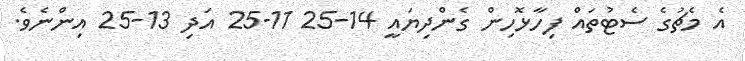
އެ މެޗުގެ ސެޓުތައް ފިހާޅޮހިން ގެންދިޔައީ 14-25 11-25 އަދި 13-25 އިންނެވެ.